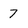
Character: 7